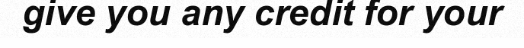
give you any credit for your